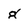
Character: g